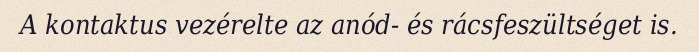
A kontaktus vezérelte az anód- és rácsfeszültséget is.